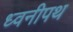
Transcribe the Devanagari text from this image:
ध्वनीपथ